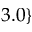
3 . 0 \}